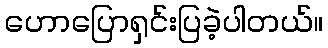
ဟောပြောရှင်းပြခဲ့ပါတယ်။